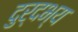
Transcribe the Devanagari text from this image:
दुर्दभ्य